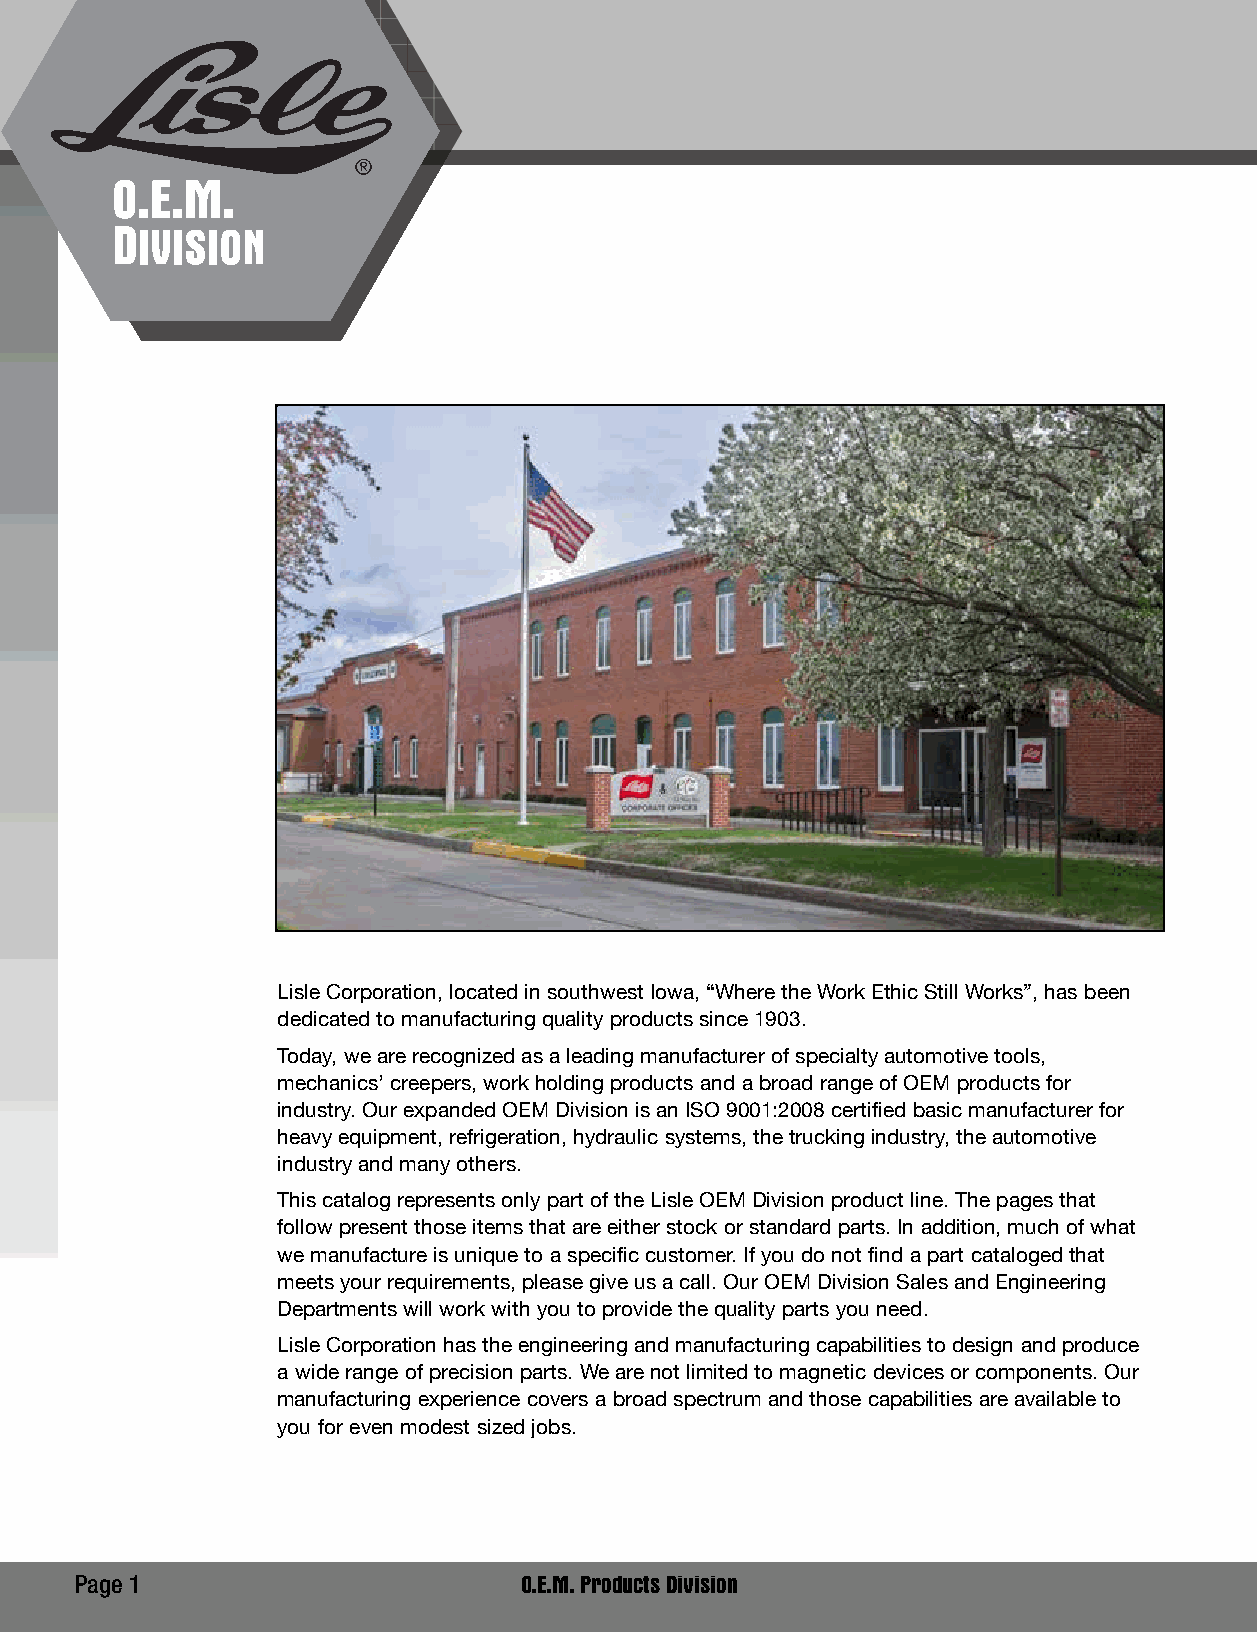
O.E.M.
 DIVISION
 Lisle Corporation, located in southwest Iowa, “Where the Work Ethic Still Works”, has been
 dedicated to manufacturing quality products since 1903.
 Today, we are recognized as a leading manufacturer of specialty automotive tools,
 mechanics’ creepers, work holding products and a broad range of OEM products for
 industry. Our expanded OEM Division is an ISO 9001:2008 certified basic manufacturer for
 heavy equipment, refrigeration, hydraulic systems, the trucking industry, the automotive
 industry and many others.
 This catalog represents only part of the Lisle OEM Division product line. The pages that
 follow present those items that are either stock or standard parts. In addition, much of what
 we manufacture is unique to a specific customer. If you do not find a part cataloged that
 meets your requirements, please give us a call. Our OEM Division Sales and Engineering
 Departments will work with you to provide the quality parts you need.
 Lisle Corporation has the engineering and manufacturing capabilities to design and produce
 a wide range of precision parts. We are not limited to magnetic devices or components. Our
 manufacturing experience covers a broad spectrum and those capabilities are available to
 you for even modest sized jobs.
 Page 1                       O.E.M. Products Division